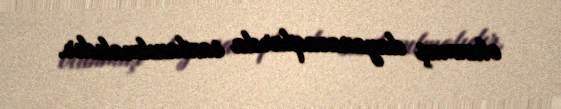
olunmuş dayanacaqlarda saxlanılmalıdır.